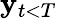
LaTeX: \mathbf{y}_{t<T}